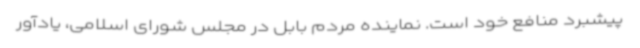
پیشبرد منافع خود است. نماینده مردم بابل در مجلس شورای اسلامی، یادآور